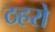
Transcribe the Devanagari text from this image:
ठहरो